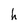
Character: h